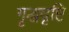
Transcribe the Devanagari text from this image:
गृद्धदृष्टि